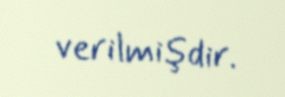
verilmişdir.